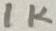
Text: 1K